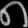
Digit: ၈